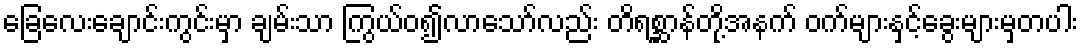
ခြေလေးချောင်းကွင်းမှာ ချမ်းသာ ကြွယ်ဝ၍လာသော်လည်း တိရစ္ဆာန်တို့အနက် ဝက်များနှင့်ခွေးများမှတပါး